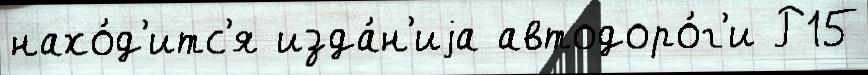
нахо́д'итс'я изда́н'иjа автодоро́г'и Р15